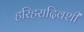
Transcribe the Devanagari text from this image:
हरिहरादिवशी